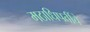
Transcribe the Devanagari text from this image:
मठाधिपतींचे